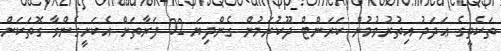
ތަކެތީގެ ޢަދަދު އިތުރުވުމުން ކަރަންޓް ދޫކުރަމުން ގެންދިޔަ 02 ފަރާތަށް އެކަށީގެންވާ ގޮތަކަށް